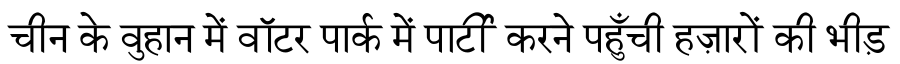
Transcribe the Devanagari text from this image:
चीन के वुहान में वॉटर पार्क में पार्टी करने पहुँची हज़ारों की भीड़